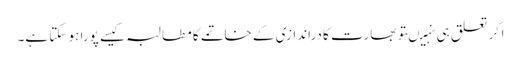
اگر تعلق ہی نہیںتو بھارت کا دراندازی کے خاتمے کا مطالبہ کیسے پورا ہو سکتا ہے۔